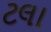
ટલા